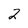
Character: 2